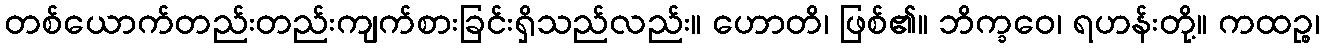
တစ်ယောက်တည်းတည်းကျက်စားခြင်းရှိသည်လည်း။ ဟောတိ၊ ဖြစ်၏။ ဘိက္ခဝေ၊ ရဟန်းတို့။ ကထဉ္စ၊